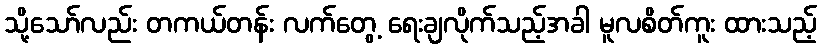
သို့သော်လည်း တကယ်တန်း လက်တွေ့ ရေးချလိုက်သည့်အခါ မူလစိတ်ကူး ထားသည့်